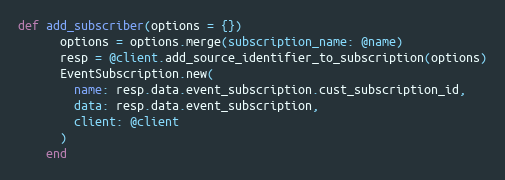
Language: Ruby
def add_subscriber(options = {})
      options = options.merge(subscription_name: @name)
      resp = @client.add_source_identifier_to_subscription(options)
      EventSubscription.new(
        name: resp.data.event_subscription.cust_subscription_id,
        data: resp.data.event_subscription,
        client: @client
      )
    end